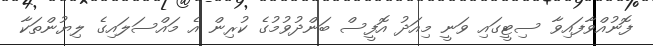
ފޮނުއްވާފައިވާ ސިޓީގައި ވަނީ މިއަދު އޮފީސް ބަންދުވުމުގެ ކުރިން އެ މައްސަލައިގެ ލިޔުންތަކާ